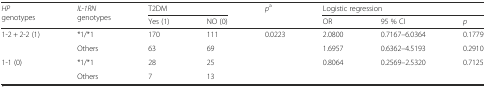
<table><thead><tr><td rowspan="2"><b><i>HP</i> genotypes</b></td><td rowspan="2"><b><i>IL-1RN</i> genotypes</b></td><td colspan="2"><b>T2DM</b></td><td><b><i>p</i><sup>a</sup></b></td><td colspan="3"><b>Logistic regression</b></td></tr><tr><td><b>Yes (1)</b></td><td><b>NO (0)</b></td><td></td><td><b>OR</b></td><td><b>95 % CI</b></td><td><b><i>p</i></b></td></tr></thead><tbody><tr><td rowspan="2">1-2 + 2-2 (1)</td><td>*1/*1</td><td>170</td><td>111</td><td rowspan="4">0.0223</td><td>2.0800</td><td>0.7167–6.0364</td><td>0.1779</td></tr><tr><td>Others</td><td>63</td><td>69</td><td>1.6957</td><td>0.6362–4.5193</td><td>0.2910</td></tr><tr><td rowspan="2">1-1 (0)</td><td>*1/*1</td><td>28</td><td>25</td><td rowspan="2">0.8064</td><td rowspan="2">0.2569–2.5320</td><td rowspan="2">0.7125</td></tr><tr><td>Others</td><td>7</td><td>13</td></tr></tbody></table>